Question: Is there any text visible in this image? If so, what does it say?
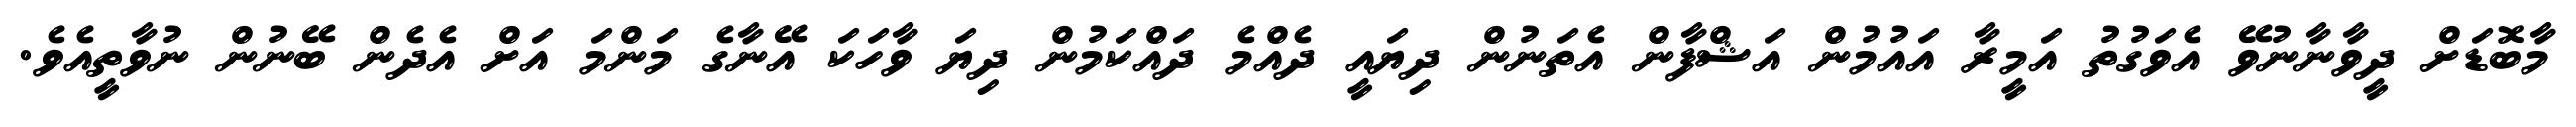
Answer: މާބޮޑަށް ދީވާނާނުވޭ އެވަގުތު އަމީރާ އައުމުން އަޝްފާން އެތަނުން ދިޔައީ ދެއްމެ ދައްކަމުން ދިޔަ ވާހަކަ އޭނާގެ މަންމަ އަށް އެދެން ބޭނުން ނުވާތީއެވެ.